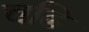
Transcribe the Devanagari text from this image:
चढि